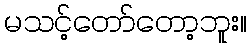
မသင့်တော်တော့ဘူး။